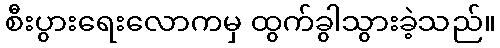
စီးပွားရေးလောကမှ ထွက်ခွါသွားခဲ့သည်။